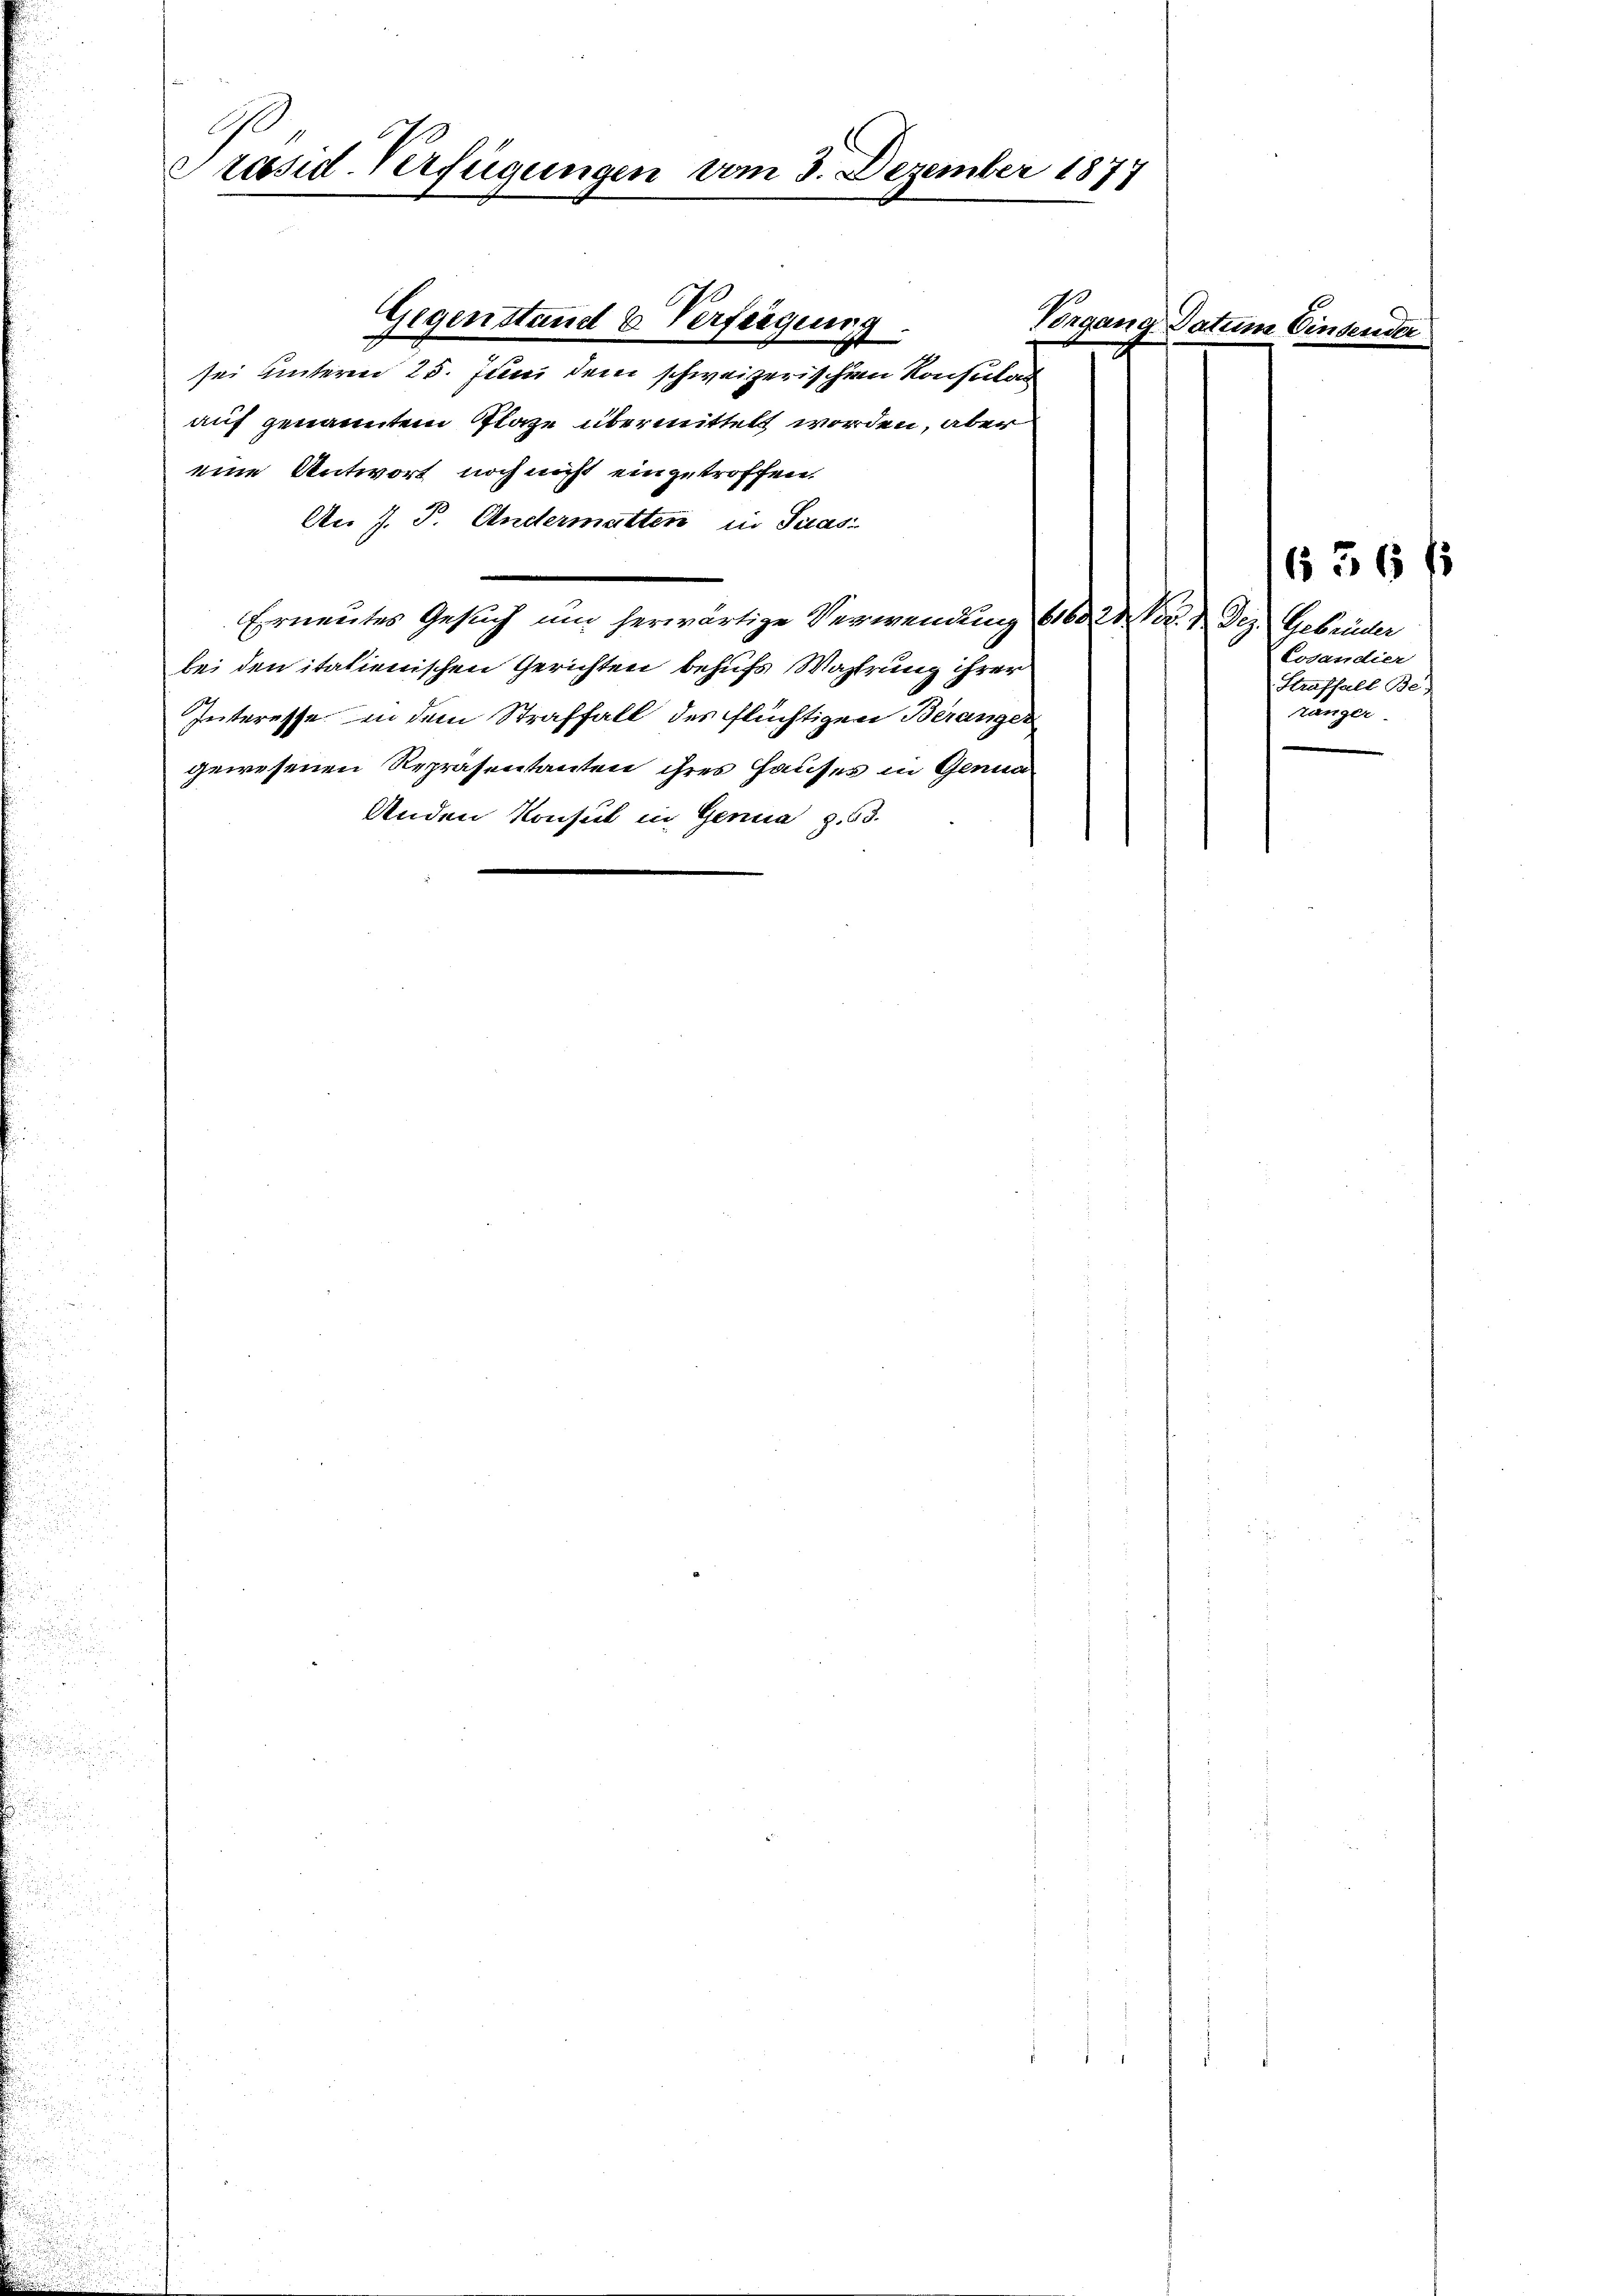
.

u
.
u
i

Praesid-Verfügungen vom 3. Dezember 1877

Vorgane
sei unterm 25. Juni dem schweizerischen Konsulat
auf genannten Plaze übermittelt worden, aber
eine Antwort noch nicht eingetroffen.
An J. J. Andermatten in Sclas
Erneutes Gesuch um herwärtige Verwendung 6160 M. Pr. 2 Dez. Gebrüder
bei den italienischen Gerichten behufs Wahrung ihrer
Interesse in dem Straffall des flüchtigen Beranger
gewesenen Repräsentanten ihres Hauses in Genien
Anden Konsul in Genua z. 63.

Gegenstand & Verfeigens
I

at

Losandier
Straffall Be-
tänger

1636 f